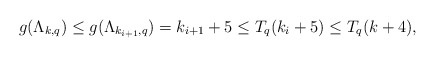
\begin{align*} g(\Lambda_{k,q})\leq g(\Lambda_{k_{i+1},q})=k_{i+1}+5\leq T_q(k_i+5)\leq T_q(k+4),\end{align*}